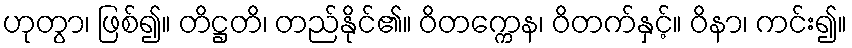
ဟုတွာ၊ ဖြစ်၍။ တိဋ္ဌတိ၊ တည်နိုင်၏။ ဝိတက္ကေန၊ ဝိတက်နှင့်။ ဝိနာ၊ ကင်း၍။